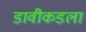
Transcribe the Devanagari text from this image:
डावीकडला